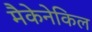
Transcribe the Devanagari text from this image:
मैकेनेकिल